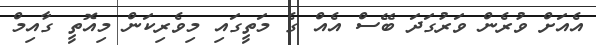
އެއަށް ވުރެން ވަރުގަދަ ބޭސް އެއް ގެ މަތީގައި މިވެރިކަން މިއޮތީ ގާއިމް